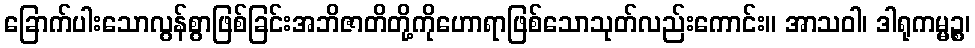
ခြောက်ပါးသောလွန်စွာဖြစ်ခြင်းအဘိဇာတိတို့ကိုဟောရာဖြစ်သောသုတ်လည်းကောင်း။ အာသဝါ၊ ဒါရုကမ္မဉ္စ၊